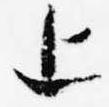
上